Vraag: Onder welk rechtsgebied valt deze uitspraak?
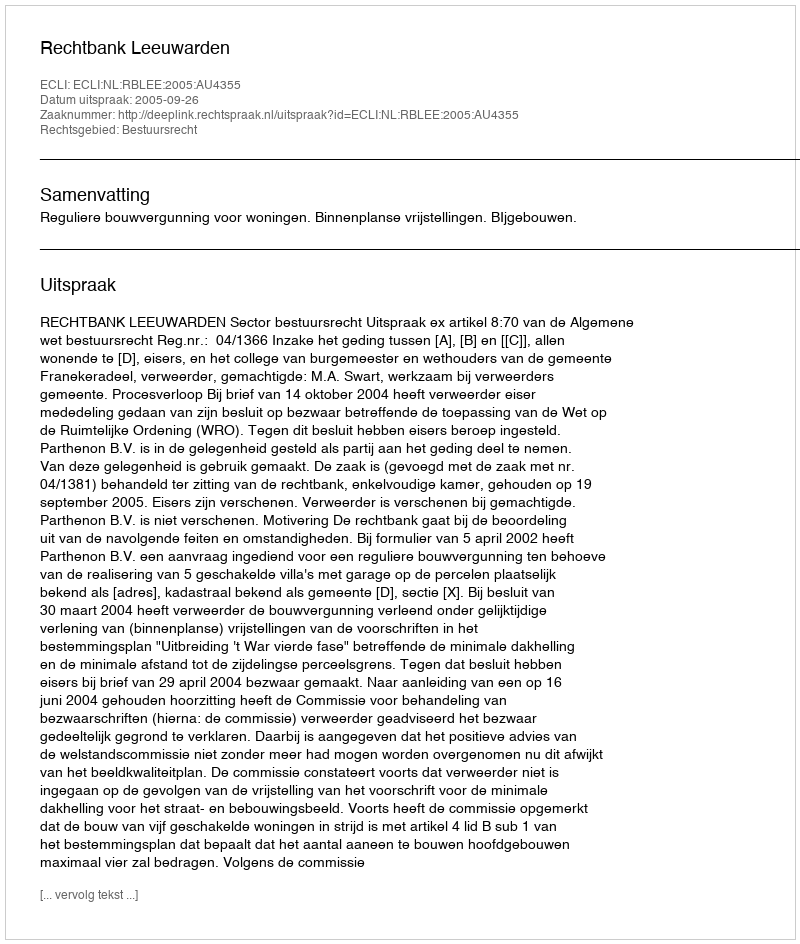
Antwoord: Bestuursrecht